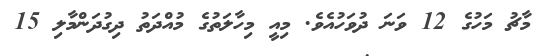
މާޗު މަހުގެ 12 ވަނަ ދުވަހުއެވެ. މިއީ މިހާލަތުގެ މުއްދަތު ދިގުދަންމާލި 15